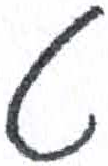
אות: ט